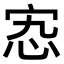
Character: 𡧫